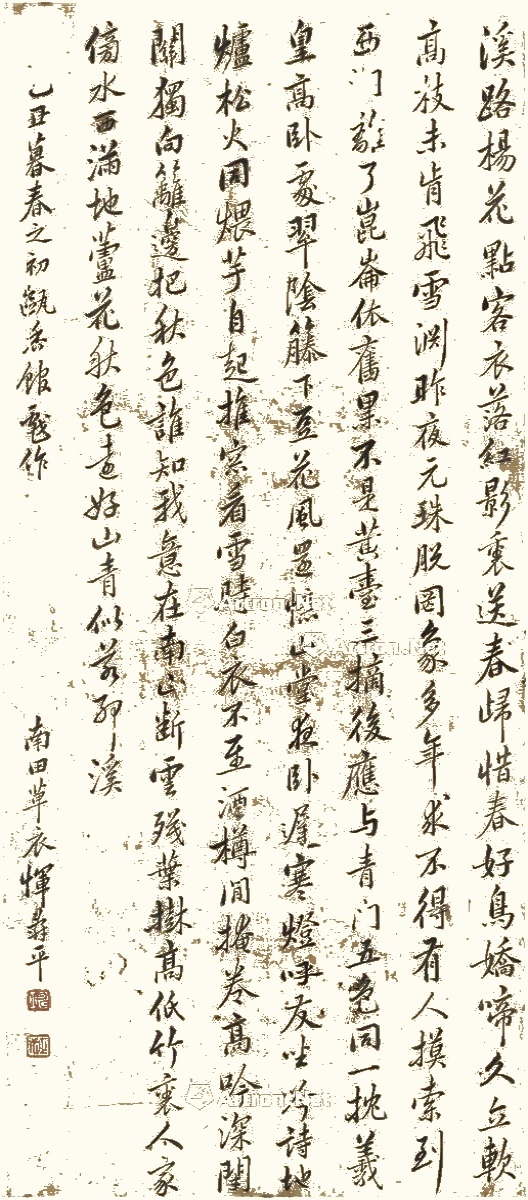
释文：溪路杨花点客衣，落红影里送春归。惜春好鸟娇啼久，立软高枝未肯飞。雪渊昨夜元珠脱，罔象多年求不得。有人摸索到西□，离了昆仑依旧黑。不是黄台三摘后，应与青门五色同。一枕羲皇高卧处，翠阴藤下豆花风。还忆山堂夜卧迟，寒灯呼友坐吟诗。地炉松火同煨芋，自起推窓看雪时。白衣不至酒樽间，掩卷高吟深闭关。独向篱边把秋色，谁知我意在南山。断云残叶树高低，竹里人家傍水西。满地芦花秋色远，好山青似若耶溪。□丑暮春之初，瓯香馆戏作。南田草衣恽寿平。